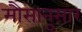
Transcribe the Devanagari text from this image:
मौसानुसार